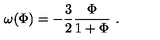
\omega ( \Phi ) = - { \frac { 3 } { 2 } } { \frac { \Phi } { 1 + \Phi } } \ .